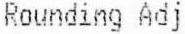
ROUNDING ADJ